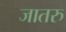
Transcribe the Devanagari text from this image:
जातरु